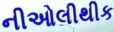
નીઓલીથીક